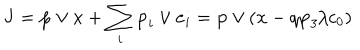
{ \bf J } = { \bf p } \vee { \bf x } + \sum _ { i } { \bf p } _ { i } \vee { \bf e } _ { i } = { \bf p } \vee ( { \bf x } - q { \bf p } _ { 3 } / c _ { 0 } )